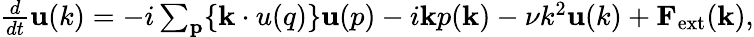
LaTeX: \begin{array}{r}{\frac{d}{dt}{\mathbf u(k)}=-i\sum_{\mathbf p}\{ {\mathbf k\cdot u(q)}\} {\mathbf u(p)}-i{\mathbf k}p({\mathbf k})-\nu k^{2}{\mathbf u(k)}+{\mathbf F}_{\mathrm{ext}}({\mathbf k}),}\end{array}